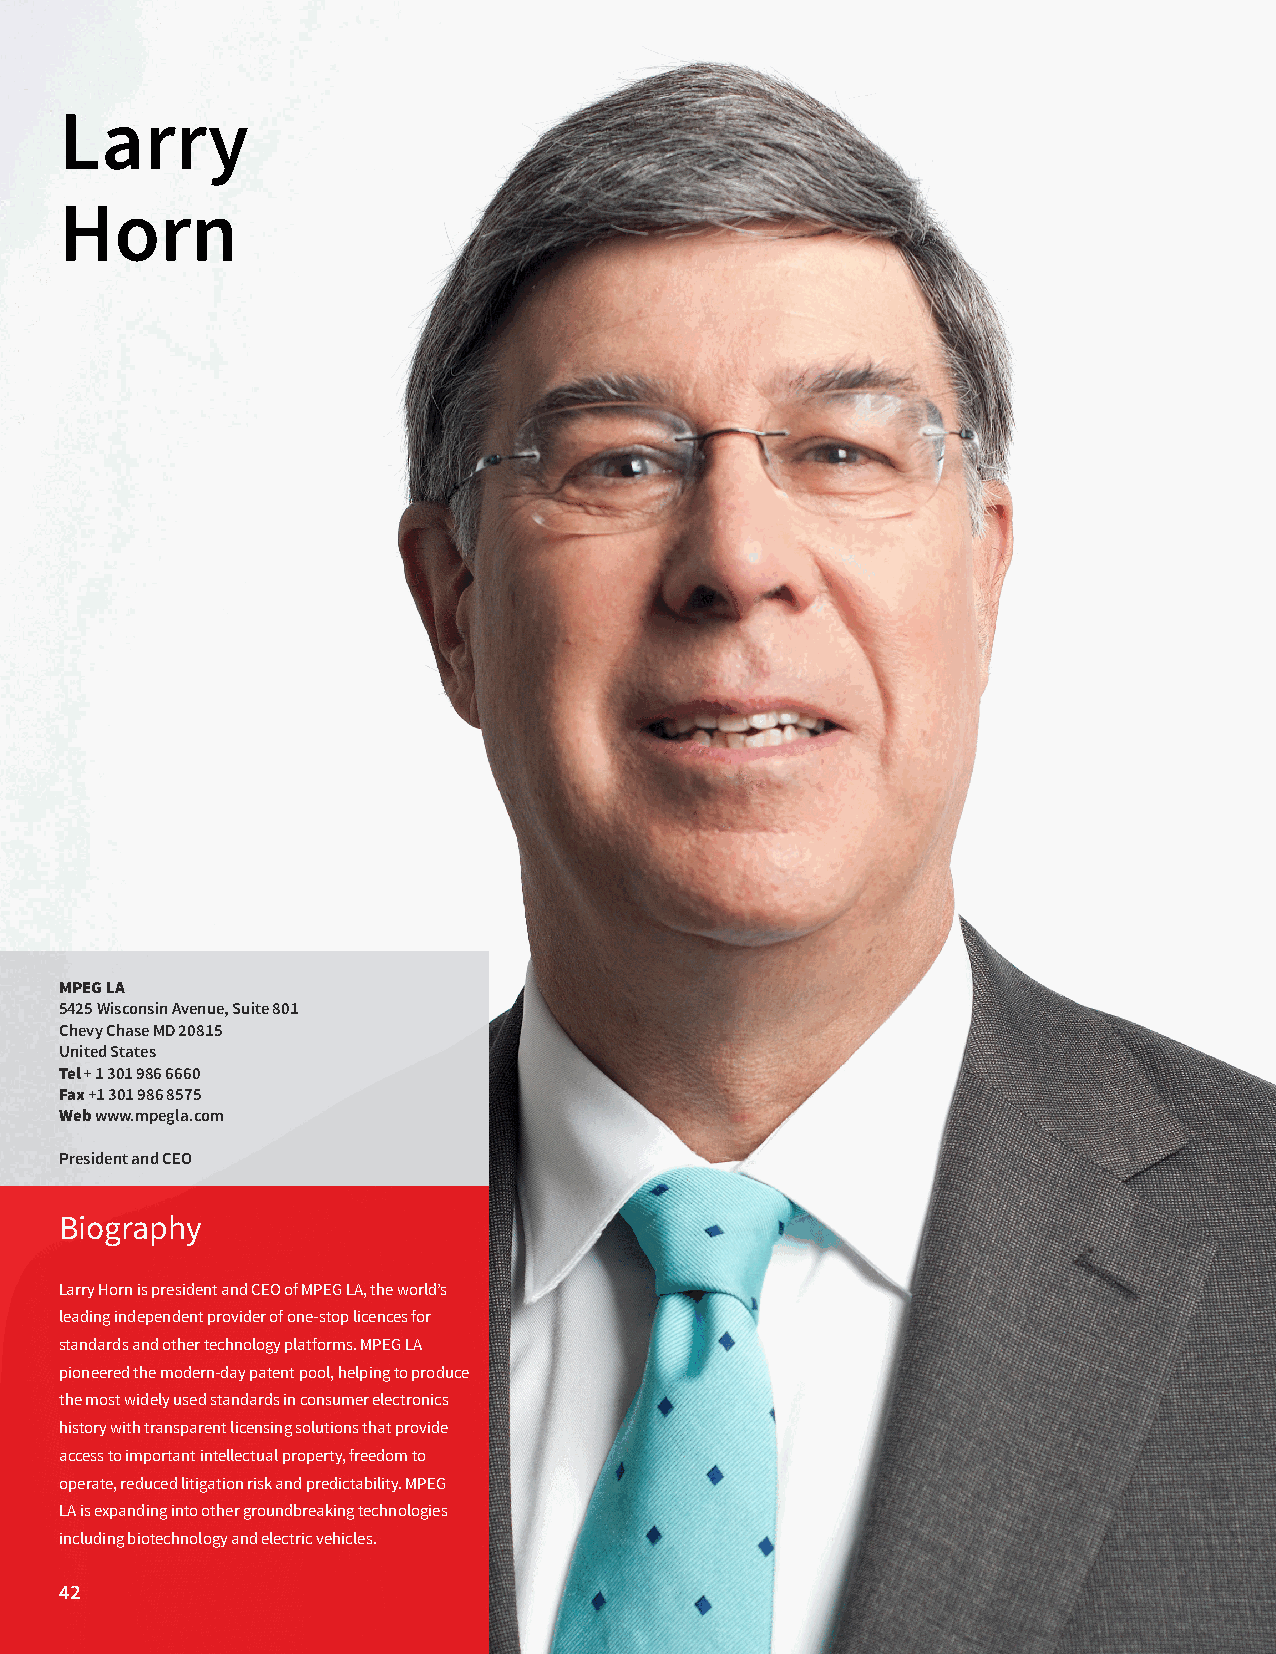
Larry
 Horn
 MPEG LA
 5425 Wisconsin Avenue, Suite 801
 Chevy Chase MD 20815
 United States
 Tel + 1 301 986 6660
 Fax +1 301 986 8575
 Web www.mpegla.com
 President and CEO
 Biography
 Larry Horn is president and CEO of MPEG LA, the world’s
 leading independent provider of one-stop licences for
 standards and other technology platforms. MPEG LA
 pioneered the modern-day patent pool, helping to produce
 the most widely used standards in consumer electronics
 history with transparent licensing solutions that provide
 access to important intellectual property, freedom to
 operate, reduced litigation risk and predictability. MPEG
 LA is expanding into other groundbreaking technologies
 including biotechnology and electric vehicles.
 42